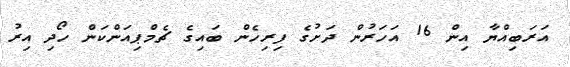
އަރަބިއްޔާ އިން 16 އަހަރުން ދަށުގެ ފިރިހެން ބައިގެ ޗެމްޕިއަންކަން ހޯދި އިރު